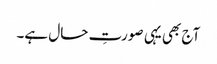
آج بھی یہی صورتِ حال ہے۔